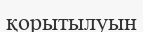
қорытылуын